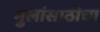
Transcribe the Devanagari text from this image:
मुलांसाठीचा